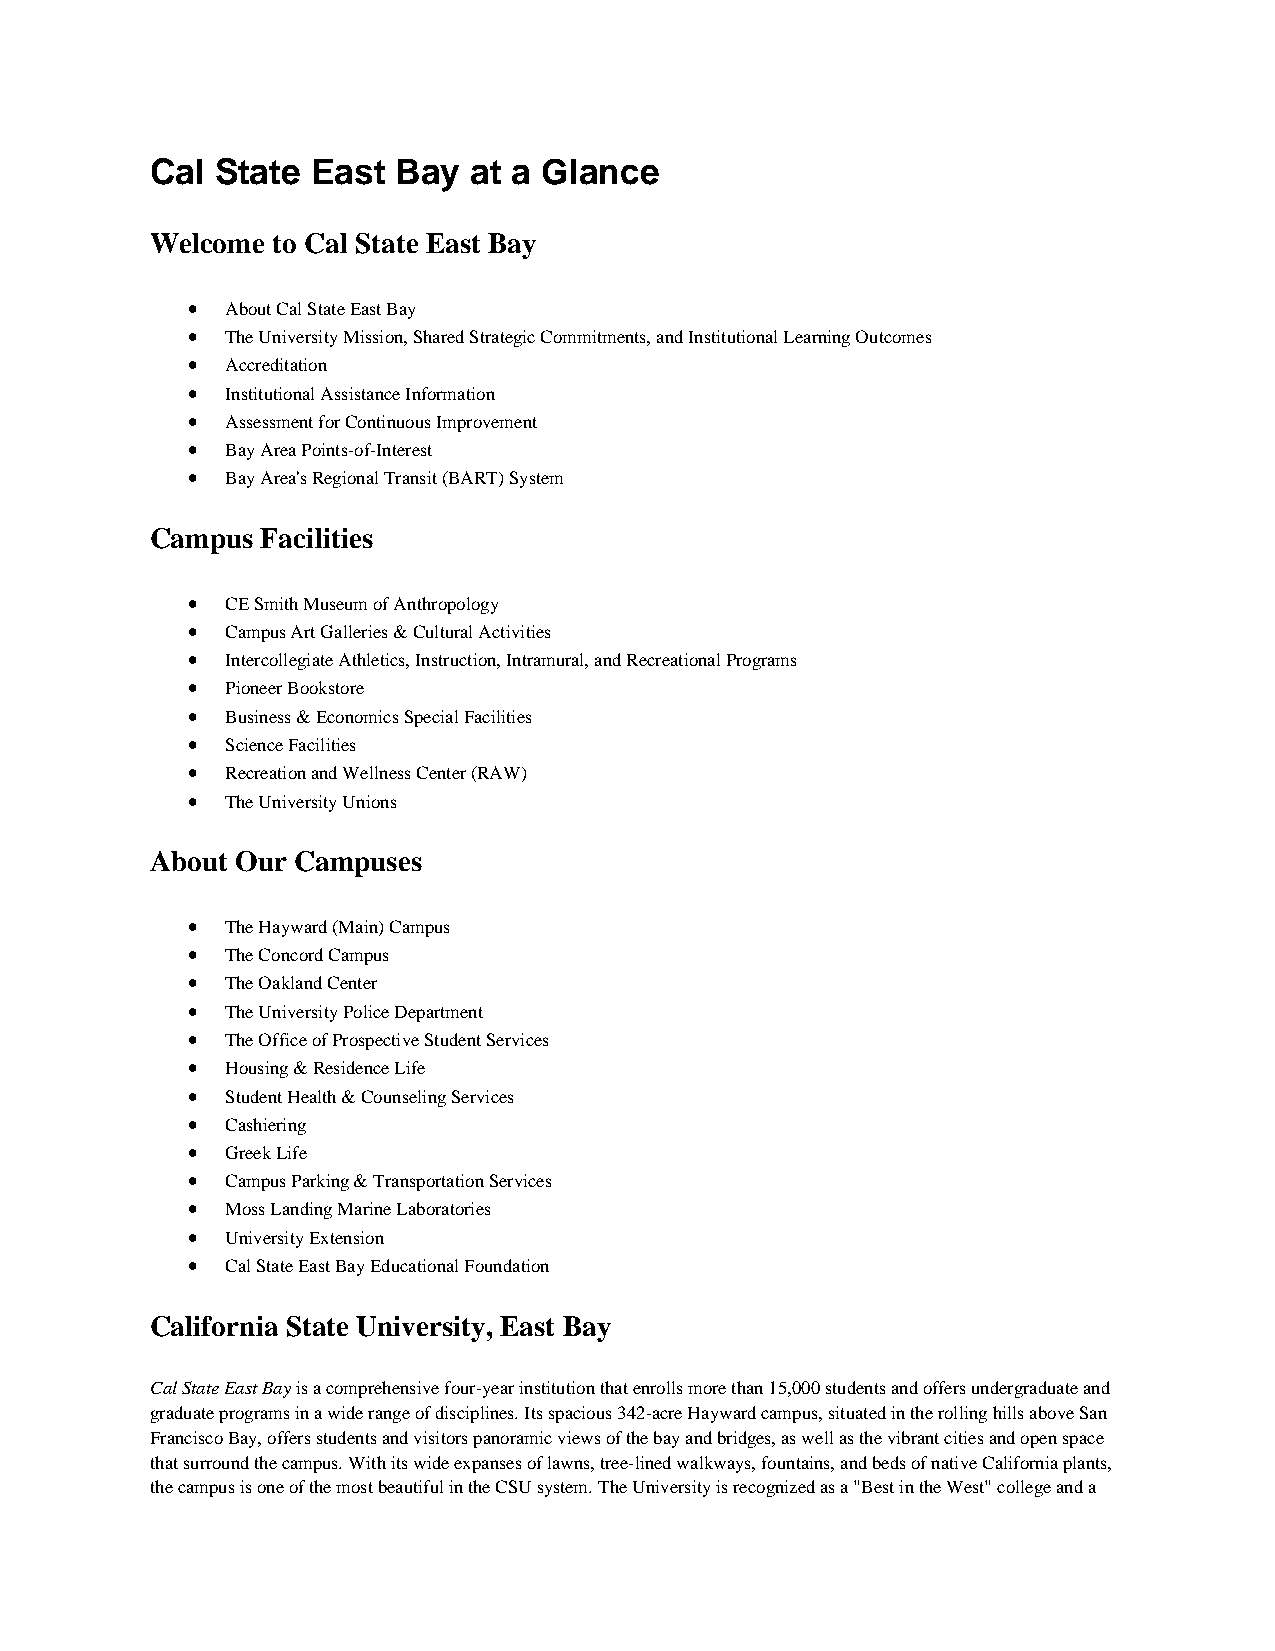
Cal State  East Bay  at a Glance
 Welcome to Cal State East Bay
 •  About Cal State East Bay
 •  The University Mission, Shared Strategic Commitments, and Institutional Learning Outcomes
 •  Accreditation
 •  Institutional Assistance Information
 •  Assessment for Continuous Improvement
 •  Bay Area Points-of-Interest
 •  Bay Area's Regional Transit (BART) System
 Campus Facilities
 •  CE Smith Museum of Anthropology
 •  Campus Art Galleries & Cultural Activities
 •  Intercollegiate Athletics, Instruction, Intramural, and Recreational Programs
 •  Pioneer Bookstore
 •  Business & Economics Special Facilities
 •  Science Facilities
 •  Recreation and Wellness Center (RAW)
 •  The University Unions
 About Our Campuses
 •  The Hayward (Main) Campus
 •  The Concord Campus
 •  The Oakland Center
 •  The University Police Department
 •  The Office of Prospective Student Services
 •  Housing & Residence Life
 •  Student Health & Counseling Services
 •  Cashiering
 •  Greek Life
 •  Campus Parking & Transportation Services
 •  Moss Landing Marine Laboratories
 •  University Extension
 •  Cal State East Bay Educational Foundation
 California State University, East Bay
 Cal State East Bay is a comprehensive four-year institution that enrolls more than 15,000 students and offers undergraduate and
 graduate programs in a wide range of disciplines. Its spacious 342-acre Hayward campus, situated in the rolling hills above San
 Francisco Bay, offers students and visitors panoramic views of the bay and bridges, as well as the vibrant cities and open space
 that surround the campus. With its wide expanses of lawns, tree-lined walkways, fountains, and beds of native California plants,
 the campus is one of the most beautiful in the CSU system. The University is recognized as a "Best in the West" college and a